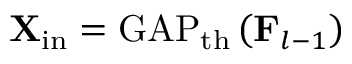
\mathbf { X } _ { \mathrm { i n } } = \operatorname { G A P } _ { \mathrm { t h } } \left( \mathbf { F } _ { l - 1 } \right)